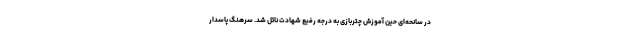
در سانحه‌ای حین آموزش چتربازی به درجه رفیع شهادت نائل شد. سرهنگ پاسدار